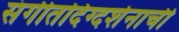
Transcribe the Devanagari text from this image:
संगीतदिग्दर्शनाची